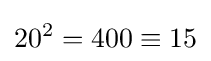
20^{2}=400\equiv 15